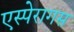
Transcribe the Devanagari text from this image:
एस्पेरागस